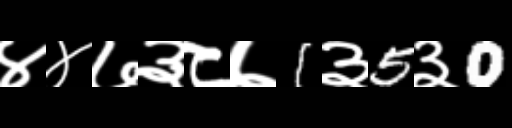
Text: ४४७३८७1३5३0